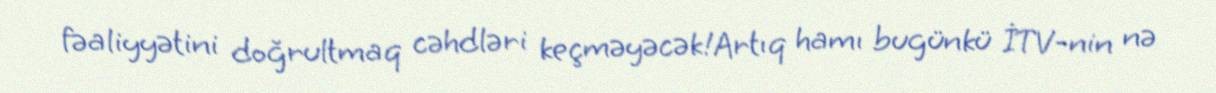
fəaliyyətini doğrultmaq cəhdləri keçməyəcək!Artıq hamı bugünkü İTV-nin nə